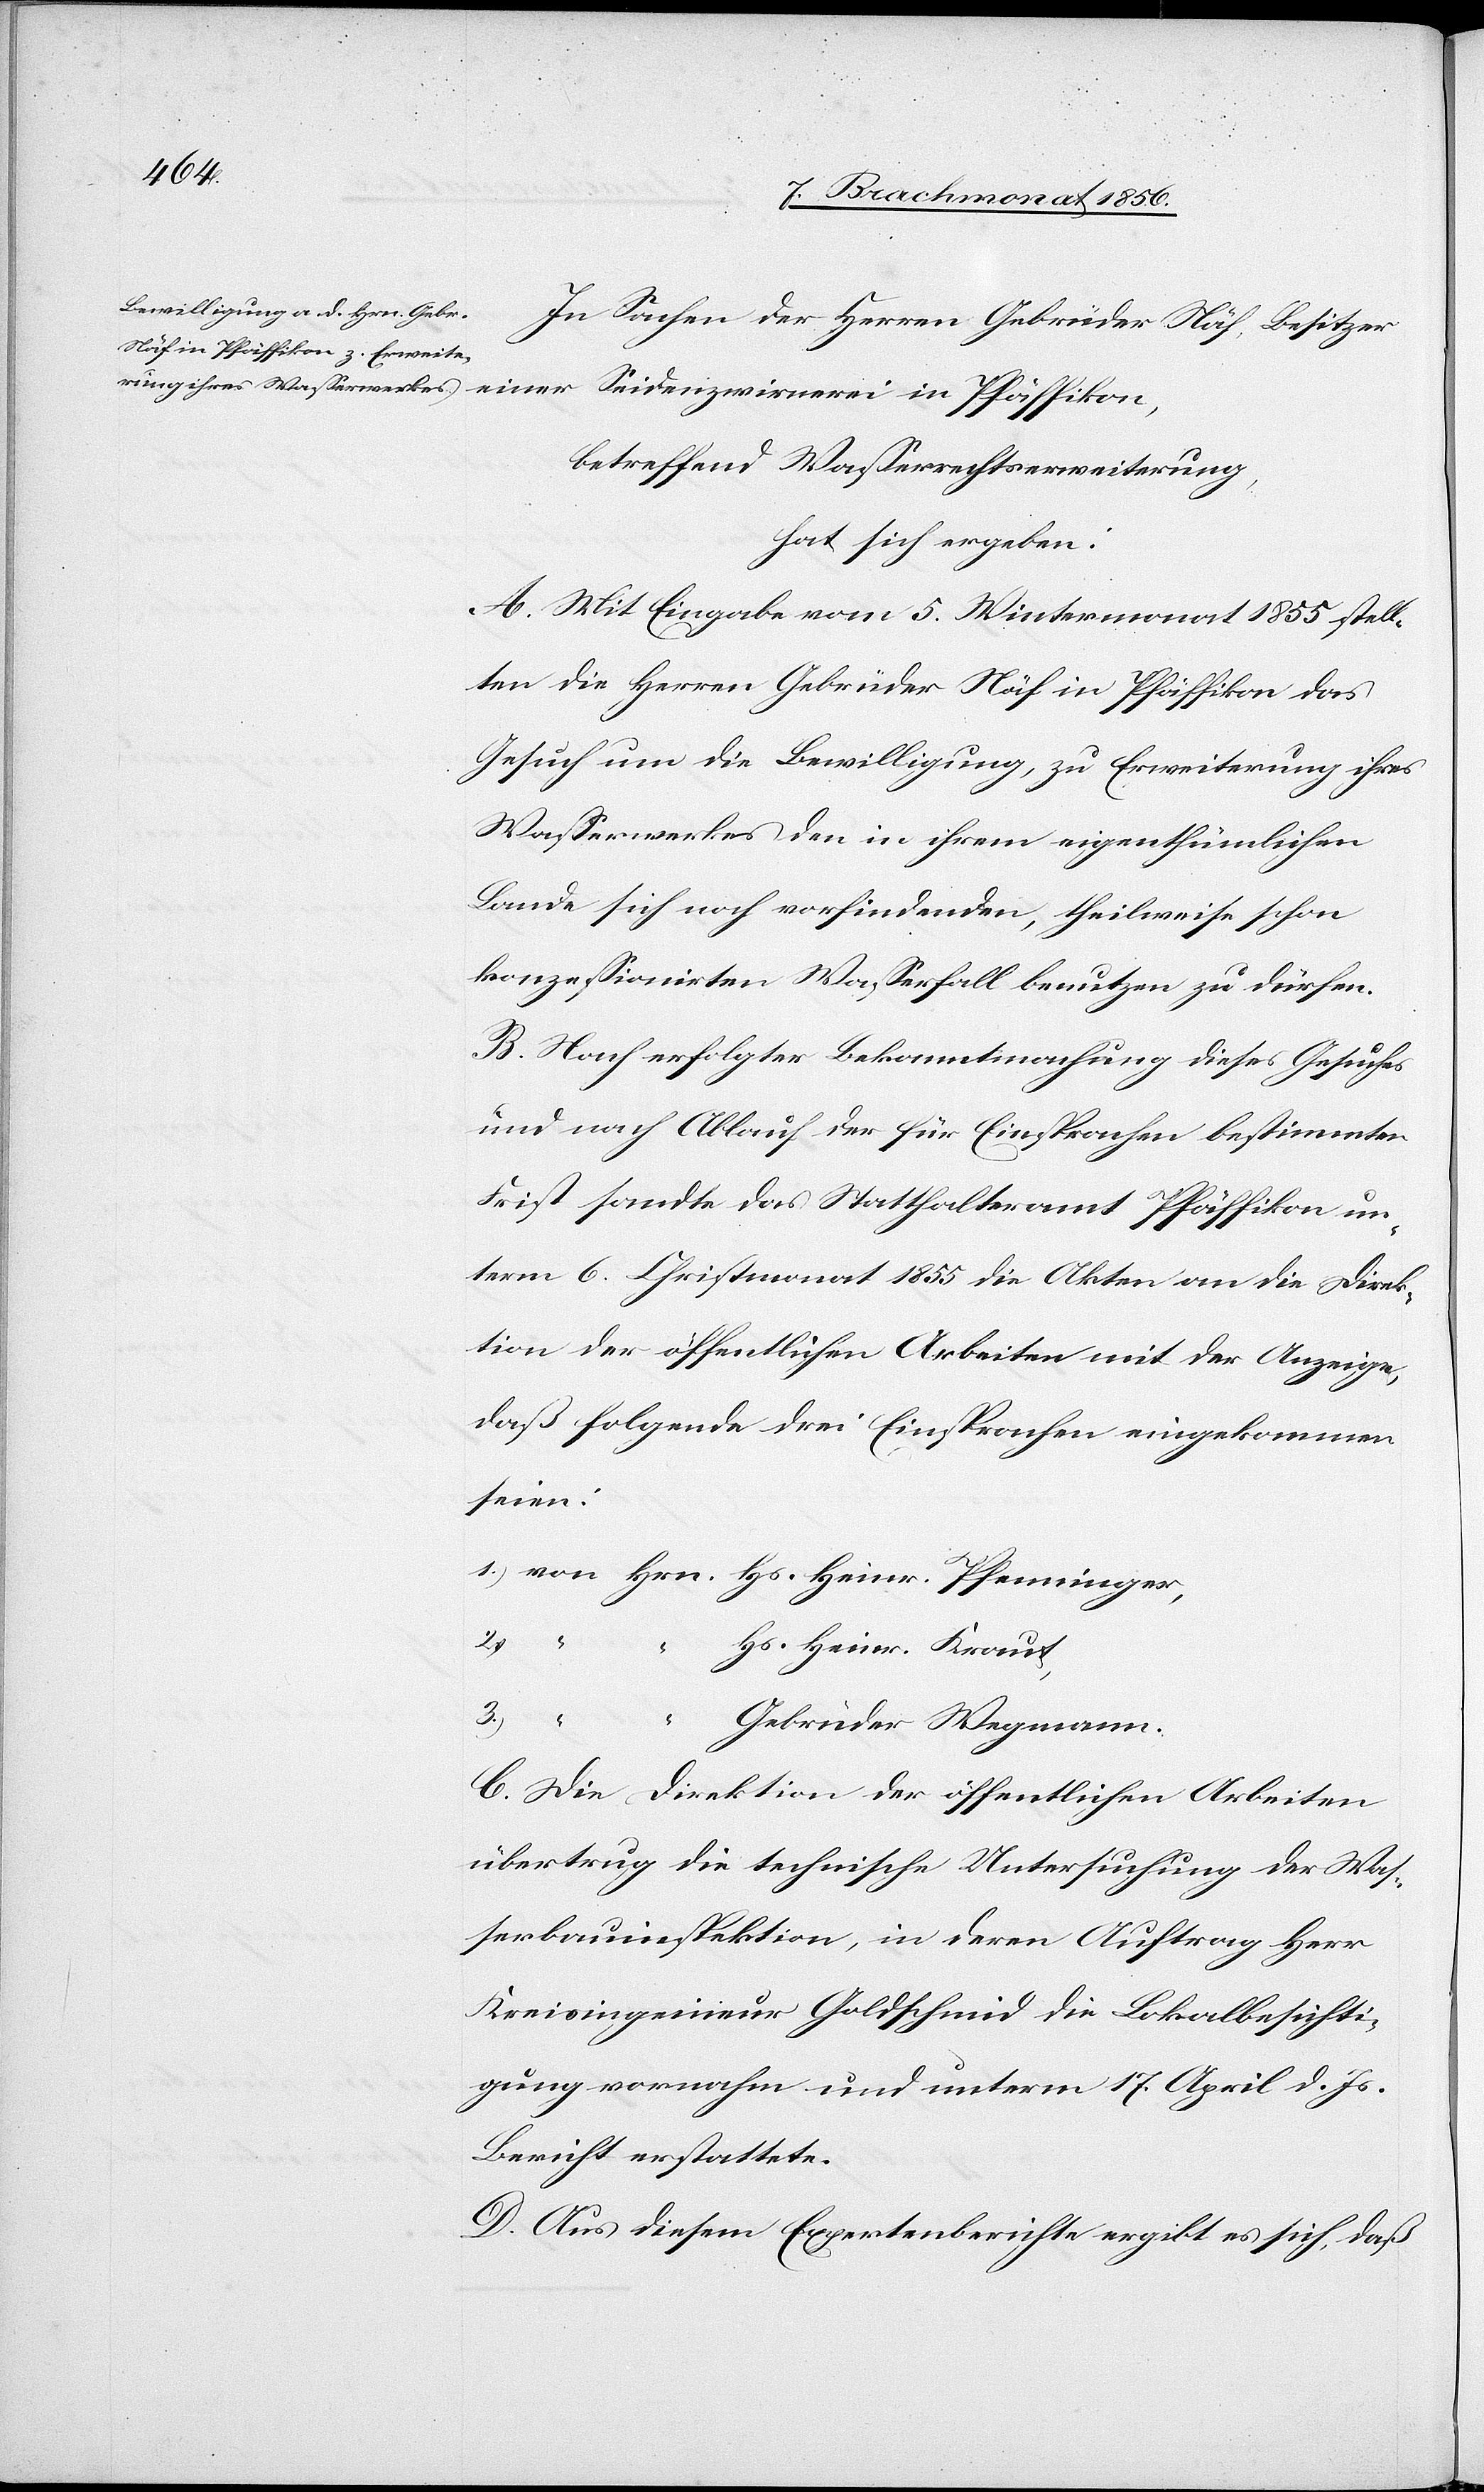
In Sachen der Herren Gebrüder Näf, Besitzer
betreffend Wasserrechtserweiterung,
hat sich ergeben:
A. Mit Eingabe vom 5. Wintermonat 1855 stell¬
ten die Herren Gebrüder Näf in Pfäffikon das
Gesuch um die Bewilligung, zu Erweiterung ihres
Wasserwerkes den in ihrem eigenthümlichen
Lande sich noch vorfindenden, theilweise schon
konzessionirten Wasserfall benutzen zu dürfen.
B. Nach erfolgter Bekanntmachung dieses Gesuches
und nach Ablauf der für Einsprachen bestimmten
Frist sandte das Statthalteramt Pfäffikon un¬
term 6. Christmonat 1855 die Akten an die Direk¬
tion der öffentlichen Arbeiten mit der Anzeige,
daß folgende drei Einsprachen eingekommen
seien:
2.)
Hs. Heinr. Kraut,
3.)
Hs.
ninger,
Gebrüder Wegmann.
C. Die Direktion der öffentlichen Arbeiten
übertrug die technische Untersuchung der Was¬
serbauinspektion, in deren Auftrag Herr
Kreisingenieur Goldschmid die Lokalbesichti¬
gung vornahm und unterm 17. April d. Js.
Bericht erstattete.
D. Aus diesem Expertenberichte ergibt es sich, daß